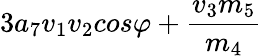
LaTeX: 3a_{7}v_{1}v_{2}cos\varphi+\frac{v_{3}m_{5}}{m_{4}}